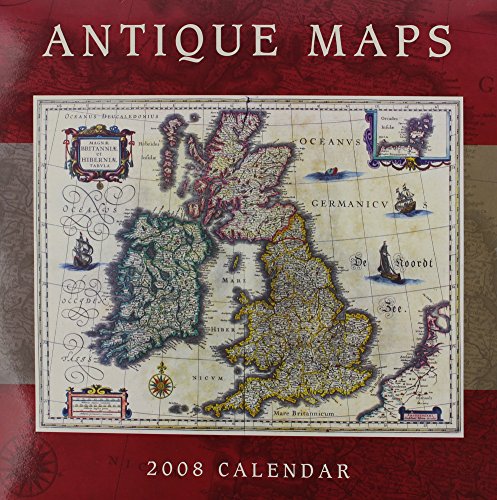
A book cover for Antique Maps Wall Calendar 2008; Calendars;